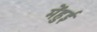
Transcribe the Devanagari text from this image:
मेंहुई